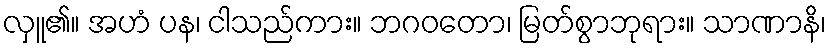
လှူ၏။ အဟံ ပန၊ ငါသည်ကား။ ဘဂဝတော၊ မြတ်စွာဘုရား။ သာဏာနိ၊